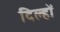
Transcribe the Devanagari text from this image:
दिल्हों